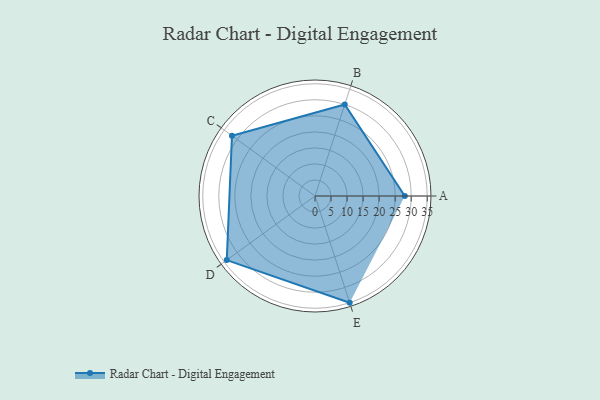
{"axis": {"x": "Skill", "y": "Score"}, "legend": ["Profile"], "data": [{"x": "A", "y": 28.0, "type": "Profile"}, {"x": "B", "y": 30.0, "type": "Profile"}, {"x": "C", "y": 32.0, "type": "Profile"}, {"x": "D", "y": 34.0, "type": "Profile"}, {"x": "E", "y": 35.0, "type": "Profile"}]}